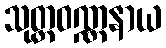
သုတ္တဝဏ္ဏနာယ